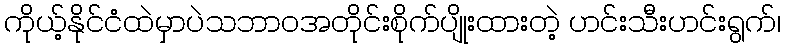
ကိုယ့်နိုင်ငံထဲမှာပဲသဘာဝအတိုင်းစိုက်ပျိုးထားတဲ့ ဟင်းသီးဟင်းရွက်၊